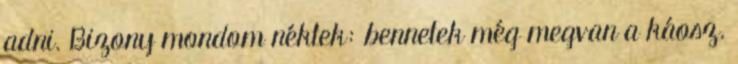
adni. Bizony mondom néktek: bennetek még megvan a káosz.